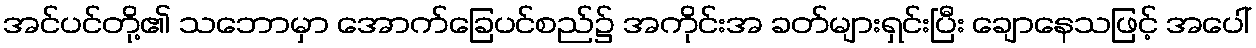
အင်ပင်တို့၏ သဘောမှာ အောက်ခြေပင်စည်၌ အကိုင်းအ ခတ်များရှင်းပြီး ချောနေသဖြင့် အပေါ်